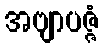
အဗျာပဇ္ဇံ